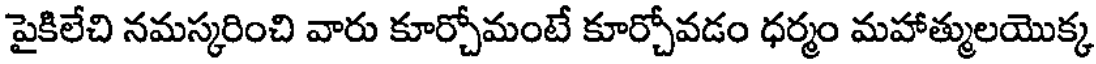
పైకిలేచి నమస్కరించి వారు కూర్చోమంటే కూర్చోవడం ధర్మం మహాత్ములయొక్క